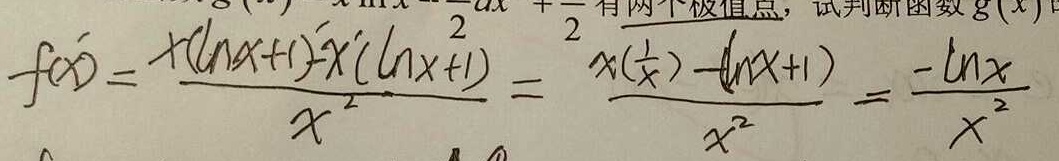
f ^ { \prime } ( x ) = \frac { x ( \ln x + 1 ) - x ^ { \prime } ( \ln x + 1 ) } { x ^ { 2 } } = \frac { x ( \frac { 1 } { x } ) - ( \ln x + 1 ) } { x ^ { 2 } } = \frac { - \ln x } { x ^ { 2 } }